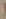
)